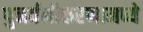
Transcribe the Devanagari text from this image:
पुनर्वनीकरणामध्ये